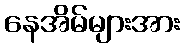
နေအိမ်များအား